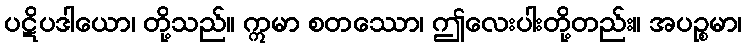
ပဋိပဒါယော၊ တို့သည်။ ဣမာ စတဿော၊ ဤလေးပါးတို့တည်း။ အပဉ္စမာ၊